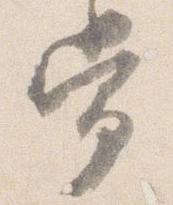
常